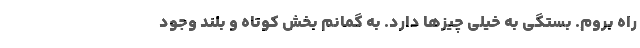
راه بروم. بستگی به خیلی چیزها دارد. به گمانم بخش کوتاه و بلند وجود